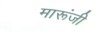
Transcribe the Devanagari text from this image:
मारूंजी